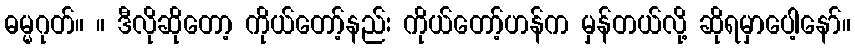
ဓမ္မဂုတ်။ ။ ဒီလိုဆိုတော့ ကိုယ်တော့်နည်း ကိုယ်တော့်ဟန်က မှန်တယ်လို့ ဆိုရမှာပေါ့နော်။